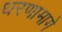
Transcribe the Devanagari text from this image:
धरणामागे